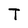
Character: T